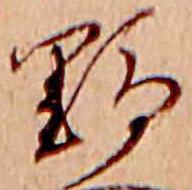
野